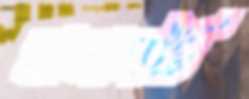
বাতাসটি